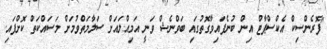
"ފޮރެންސިކް އެކްސްޕާޓް އިން ބުނެފައިވާގޮތުގައި ބަވްނެޝް ވަނީ އަމިއްލައަށް ސަލާމަތްވުމަށް މަސައްކަތް ކޮށްފައި.